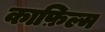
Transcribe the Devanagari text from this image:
काफ़िल्म